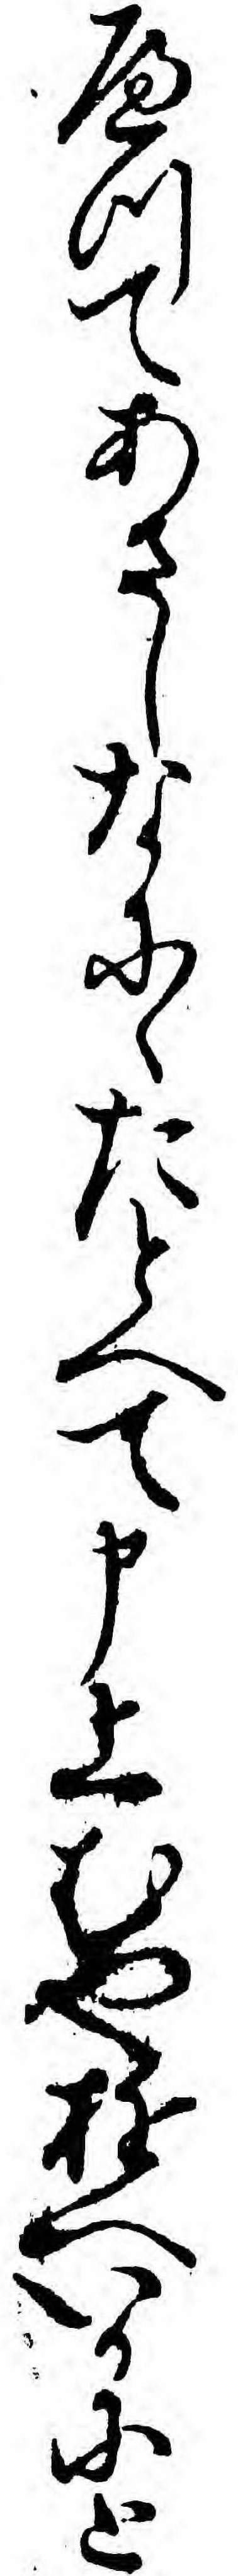
へつてあさしなにゝたとへて申上むやゆへいかにと